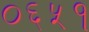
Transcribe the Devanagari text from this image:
०६५१